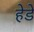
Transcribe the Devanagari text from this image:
हेडे